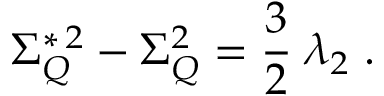
\Sigma _ { Q } ^ { * \, 2 } - \Sigma _ { Q } ^ { 2 } = \frac { 3 } { 2 } \; \lambda _ { 2 } \; .